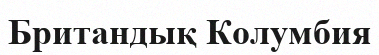
Британдық Колумбия